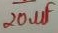
Text: 20uF